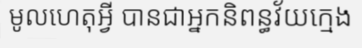
មូលហេតុអ្វី បានជាអ្នកនិពន្ធវ័យក្មេង